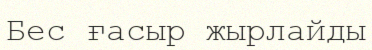
Бес ғасыр жырлайды